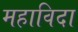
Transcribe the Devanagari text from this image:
महाविदा